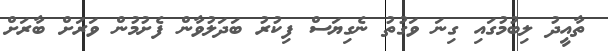
ތާއީދު ލިބުމުގައި ގިނަ ވަގުތު ނެގިޔަސް ފިކުރު ބަދަލުވާން ފެށުމުން ވަރަށް ބާރަށް